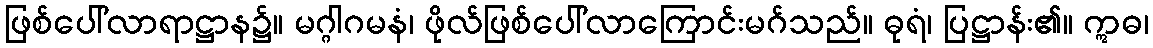
ဖြစ်ပေါ်လာရာဋ္ဌာန၌။ မဂ္ဂါဂမနံ၊ ဖိုလ်ဖြစ်ပေါ်လာကြောင်းမဂ်သည်။ ဓုရံ၊ ပြဋ္ဌာန်း၏။ ဣဓ၊